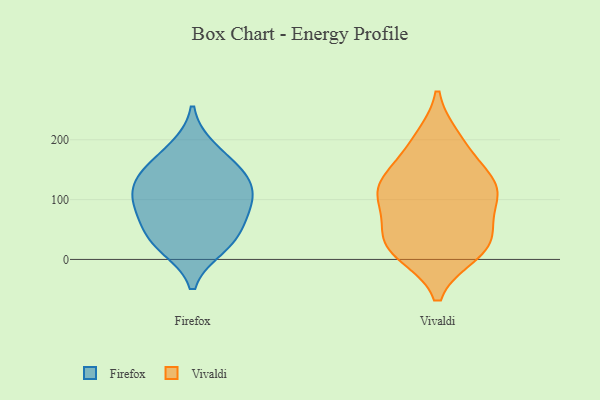
{"axis": {"x": "Bounce Rate (%)", "y": "Value"}, "legend": ["Firefox", "Vivaldi"], "data": [{"x": "", "y": 97, "type": "Firefox"}, {"x": "", "y": 147, "type": "Firefox"}, {"x": "", "y": 129, "type": "Firefox"}, {"x": "", "y": 22, "type": "Firefox"}, {"x": "", "y": 93, "type": "Firefox"}, {"x": "", "y": 141, "type": "Firefox"}, {"x": "", "y": 44, "type": "Firefox"}, {"x": "", "y": 86, "type": "Firefox"}, {"x": "", "y": 33, "type": "Firefox"}, {"x": "", "y": 184, "type": "Firefox"}, {"x": "", "y": 200, "type": "Vivaldi"}, {"x": "", "y": 35, "type": "Vivaldi"}, {"x": "", "y": 121, "type": "Vivaldi"}, {"x": "", "y": 117, "type": "Vivaldi"}, {"x": "", "y": 12, "type": "Vivaldi"}, {"x": "", "y": 105, "type": "Vivaldi"}, {"x": "", "y": 86, "type": "Vivaldi"}, {"x": "", "y": 19, "type": "Vivaldi"}, {"x": "", "y": 190, "type": "Vivaldi"}, {"x": "", "y": 131, "type": "Vivaldi"}, {"x": "", "y": 40, "type": "Vivaldi"}, {"x": "", "y": 130, "type": "Vivaldi"}, {"x": "", "y": 23, "type": "Vivaldi"}]}